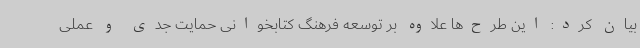
بیان کرد: این طرح‌ها علاوه بر توسعه فرهنگ کتابخوانی حمایت جدی و عملی